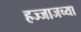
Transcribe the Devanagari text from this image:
हज्जाजच्या